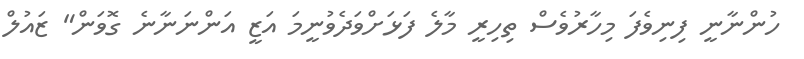
ހުންނާނީ ފިނިވެފަ މިހާރުވެސް ތިހިރީ މާލެ ފަޅަށްވަދެވުނީމަ އަޒީ އަންނަނާނެ ގޮވަން" ޒައުލް